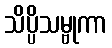
သိပ္ပိသမ္ဗုကာ